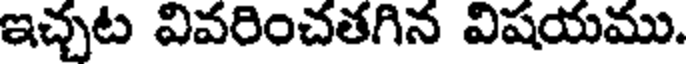
ఇచ్చట వివరించతగిన విషయము.